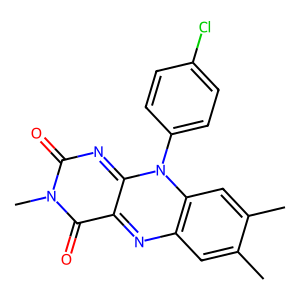
SMILES: Cc1cc2nc3c(=O)n(C)c(=O)nc-3n(-c3ccc(Cl)cc3)c2cc1C
Inhibits HIV replication: No